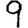
Digit: 9